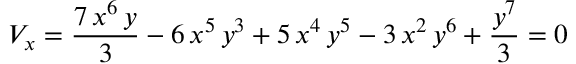
V _ { x } = { \frac { 7 \, { x ^ { 6 } } \, y } { 3 } } - 6 \, { x ^ { 5 } } \, { y ^ { 3 } } + 5 \, { x ^ { 4 } } \, { y ^ { 5 } } - 3 \, { x ^ { 2 } } \, { y ^ { 6 } } + { \frac { { y ^ { 7 } } } { 3 } } = 0